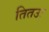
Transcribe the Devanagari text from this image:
तितउः